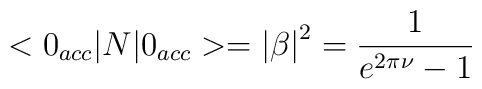
<0_{acc}|N|0_{acc}>=\left| \beta \right| ^{2}=\frac{1}{e^{2\pi \nu }-1}